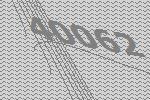
40062